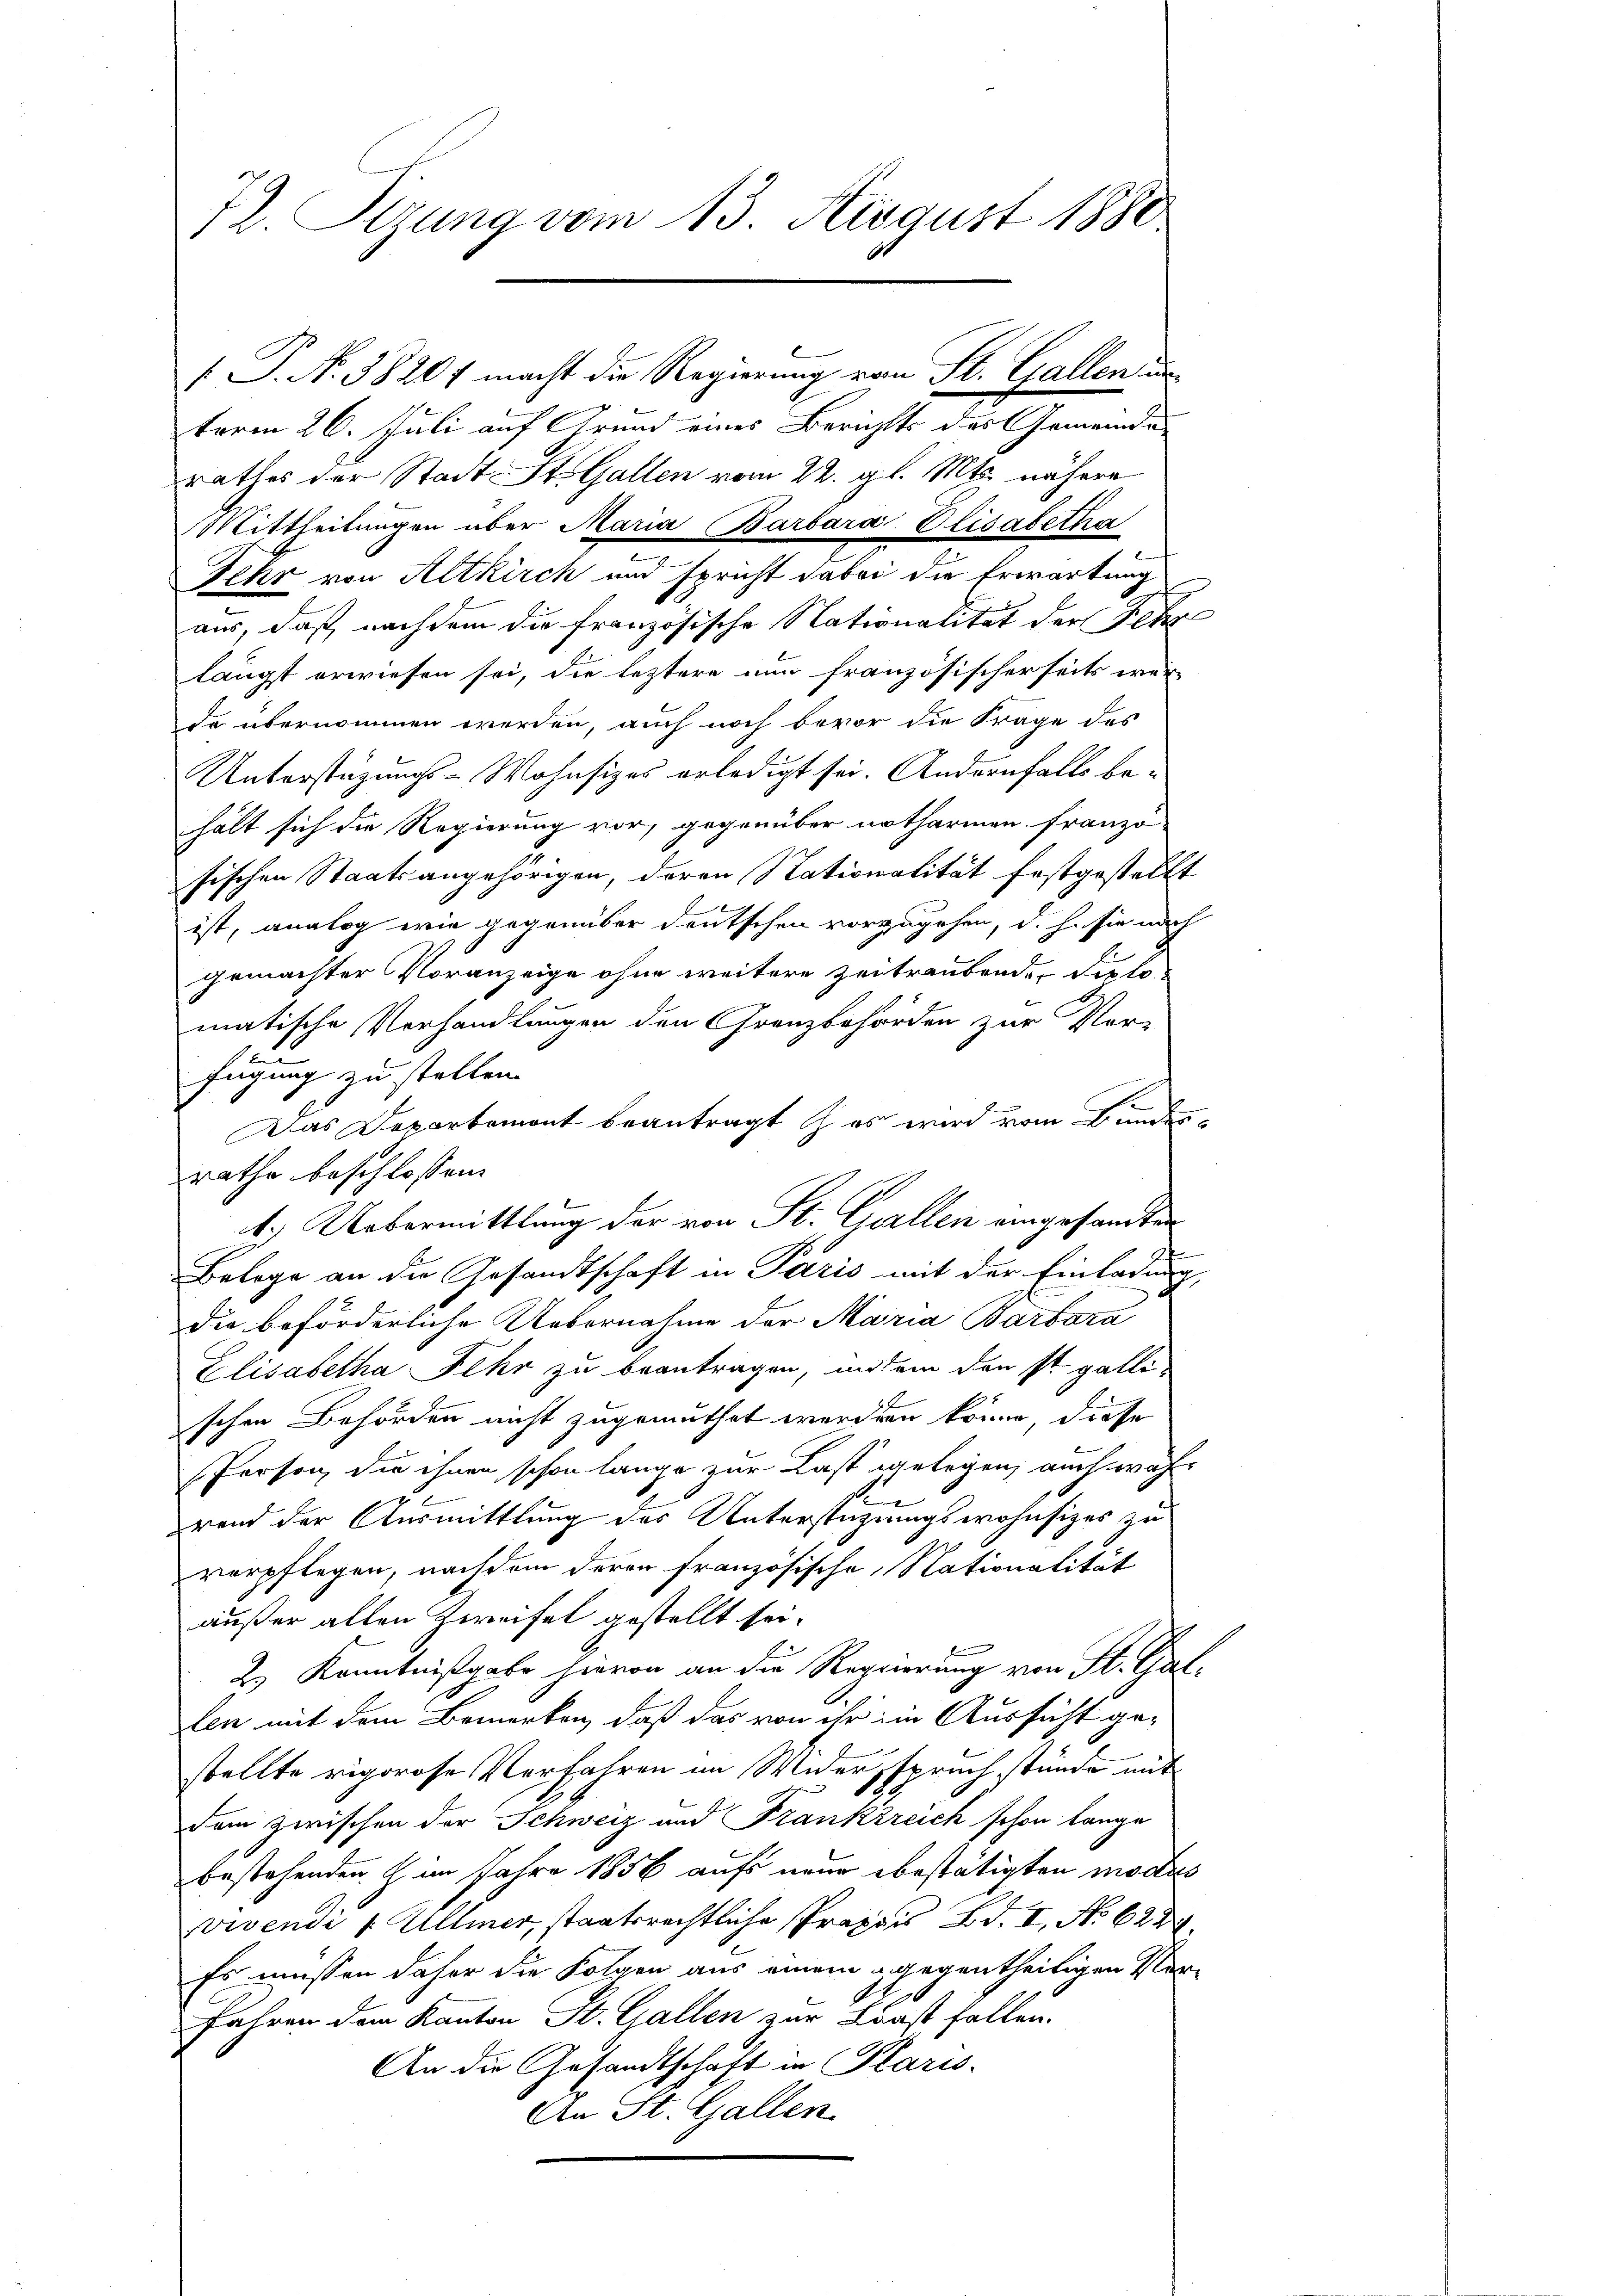
Il. Stzung vom 13. August 1880
s P. Nr. 3820f macht die Regierung vom St. Gallen un

term 26. Juli auf Grund eines Berichts des Gemeinde
rathes der Stadt St. Gallen vom 22. gl. Mts. nähere
Mittheilungen über Maria Barbara Elisabetha
Sehr von Altkirch und spricht dabei die Erwartung
aus, daß nachdem die französische Nationalität der Fehrs
längst erwiesen sei, die leztere nun französischerseits wer-
de übernommen werden, auch noch bevor die Frage des
Unterstüzungs-Wohnsizes erledigt sei. Andernfalls behält sich die Regierung vor, gegenüber notharinen franzö-
sischen Staatsangehörigen, deren Stationalität festgestellt
ist, analog wie gegenüber deutschen vorzugehen, d. h. sie nach
gemachter Voranzeige ohne weitere Zeitraubende diese
matische Verhandlungen den Grenzbehörden zur Ver-
fügung zu stellen.
Das Departement beantragt es wird vom Bunden-
rathe beschlossen:
k.) Uebermittlung der von St. Gallen eingesandten
Belege an die Gesandtschaft in Paris mit der Einladung,
die beförderliche Uebernahme der Maria Barbara
Elisabetha Fehr zu beantragen, indem den St. Galli
schen Behörden nicht zugemuthet werden könne, diese
Person, die ihnen schon lange zur Last gelegen, auch während der Ausmittlung des Unterstüzungswohnsitzes zu
verpflegen, nachdem deren französische Nationalität
außer allen Zweifel gestellt sei.
2) Kenntnißgabe hievon an die Regierung von St. Gallen mit dem Bemerken, daß das von ihr ein Aussicht ge-
stellte rigorose Verfahren im Widerspruch stünde mit
Dem zwischen der Schweiz und Frankreich schon lange
bestehenden im Jahre 1856 aufs neue bestätigten modus
vivendi f Ullmer, staatsrechtliche Praxis Bd. I, No 62
Es müssen daher die Folgen aus einem gegentheiligen Verfahren dem Kanton St. Gallen zur Last fallen.
An die Gesandtschaft in Paris.
An St. Gallen.